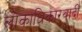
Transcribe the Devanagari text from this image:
लोकाधिकारवादी